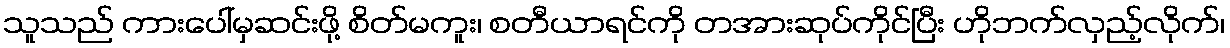
သူသည် ကားပေါ်မှဆင်းဖို့ စိတ်မကူး၊ စတီယာရင်ကို တအားဆုပ်ကိုင်ပြီး ဟိုဘက်လှည့်လိုက်၊